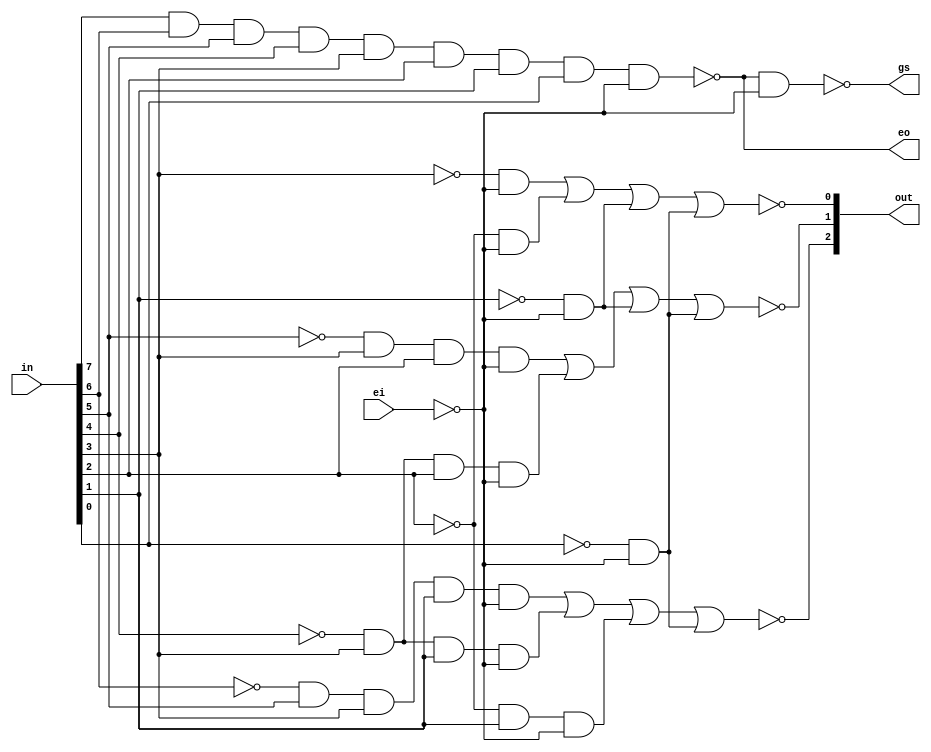
module priorityEncoders83(in, ei, out, gs, eo);
	input [0:7]in;
	input ei;
	output [0:2]out;
	output gs;
	output eo;
	wire and0out, and1out, and2out, and3out, and4out, and5out, and6out, and7out, and8out, and9out, and10out, and11out;

	nand
	nandGate0(eo, in[0], in[1], in[2], in[3], in[4], in[5], in[6], in[7], ~ei), // do not use ;
    nandGate1(gs, eo, ~ei);	
	
	and
	andGate0(and0out, ~in[1], in[2], in[4], in[6], ~ei),
	andGate1(and1out, ~in[3], in[4], in[6], ~ei),
	andGate2(and2out, ~in[5], in[6], ~ei),
	andGate3(and3out, ~in[7], ~ei),
	andGate4(and4out, ~in[2], in[4], in[5], ~ei),
	andGate5(and5out, ~in[3], in[4], in[5], ~ei),
	andGate6(and6out, ~in[6], ~ei),
	andGate7(and7out, ~in[7], ~ei),
	andGate8(and8out, ~in[4], ~ei),
	andGate9(and9out, ~in[5], ~ei),
	andGate10(and10out, ~in[6], ~ei),
	andGate11(and11out, ~in[7], ~ei);
	
	nor
	norGate0(out[0], and0out, and1out, and2out, and3out),
	norGate1(out[1], and4out, and5out, and6out, and7out),
	norGate2(out[2], and8out, and9out, and10out, and11out);
	endmodule